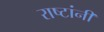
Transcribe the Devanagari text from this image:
राष्टांनी